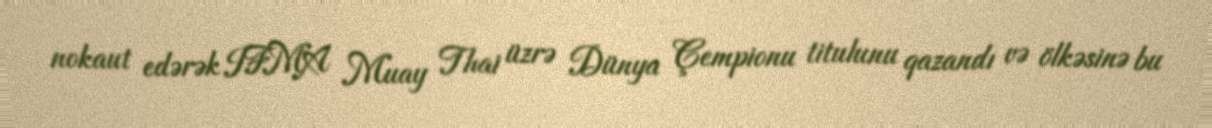
nokaut edərək IFMA Muay Thai üzrə Dünya Çempionu titulunu qazandı və ölkəsinə bu